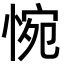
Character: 惋